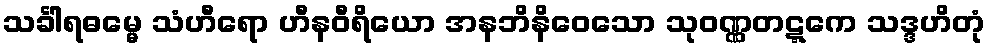
သင်္ခါရဓမ္မေ သံဟီရော ဟီနဝီရိယော အနဘိနိဝေသော သုဝဏ္ဏတဋ္ဋကေ သဒ္ဒဟိတုံ